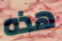
هذه